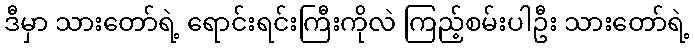
ဒီမှာ သားတော်ရဲ့ ရောင်းရင်းကြီးကိုလဲ ကြည့်စမ်းပါဦး သားတော်ရဲ့